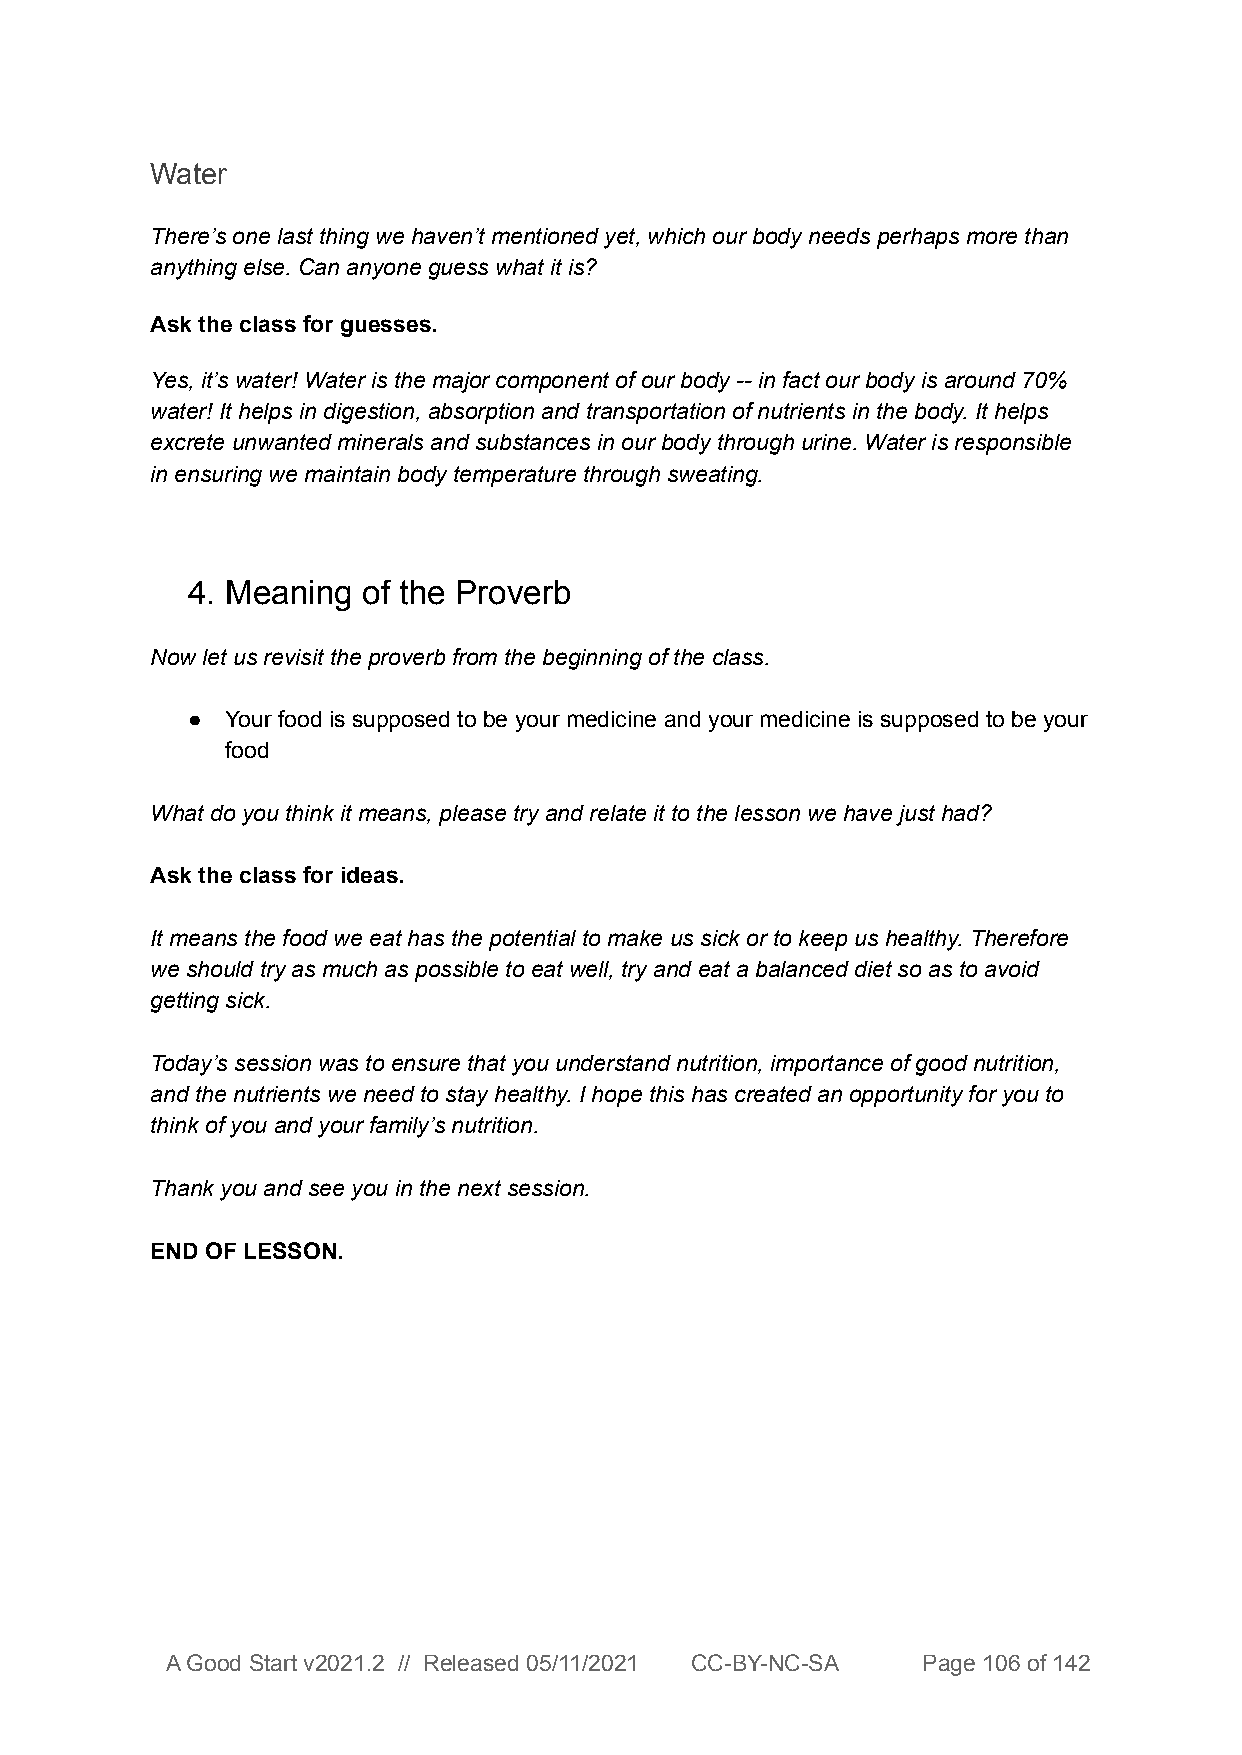
Water
 There’s one last thing we haven’t mentioned yet, which our body needs perhaps more than
 anything else. Can anyone guess what it is?
 Ask the class for guesses.
 Yes, it’s water! Water is the major component of our body -- in fact our body is around 70%
 water! It helps in digestion, absorption and transportation of nutrients in the body. It helps
 excrete unwanted minerals and substances in our body through urine. Water is responsible
 in ensuring we maintain body temperature through sweating.
 4. Meaning  of the Proverb
 Now let us revisit the proverb from the beginning of the class.
 ●  Your food is supposed to be your medicine and your medicine is supposed to be your
 food
 What do you think it means, please try and relate it to the lesson we have just had?
 Ask the class for ideas.
 It means the food we eat has the potential to make us sick or to keep us healthy. Therefore
 we should try as much as possible to eat well, try and eat a balanced diet so as to avoid
 getting sick.
 Today’s session was to ensure that you understand nutrition, importance of good nutrition,
 and the nutrients we need to stay healthy. I hope this has created an opportunity for you to
 think of you and your family’s nutrition.
 Thank you and see you in the next session.
 END OF LESSON.
 A Good Start v2021.2 // Released 05/11/2021 CC-BY-NC-SA Page 106 of 142